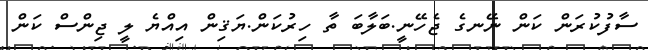
ސާފުކުރަން ކަން ނޭނގެ ޖެހޭނީ.ބަލާބަ ތާ ހިރުކަން.ޔަޤިން އިއްޔެ ލީ ޖިންސް ކަން